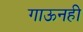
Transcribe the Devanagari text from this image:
गाऊनही